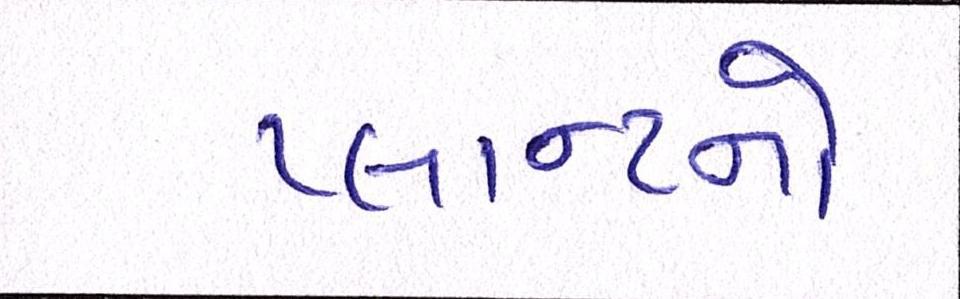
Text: પ્લાન્ટનો